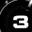
Digit: 3